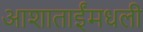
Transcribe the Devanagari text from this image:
आशाताईंमधली